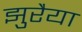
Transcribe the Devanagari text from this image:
झुरैया